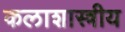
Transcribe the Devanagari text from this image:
कलाशास्त्रीय